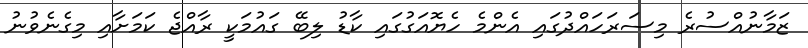
ޒަމާނުއްސުރެ މިސަރަހައްދުގައި އެންމެ ހެޔޮއަގުގައި ކާޑު ލިބޭ ގައުމަކީ ރާއްޖެ ކަމަށާއި މިގެނެވުނު